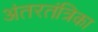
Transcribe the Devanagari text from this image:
अंतरतंत्रिका